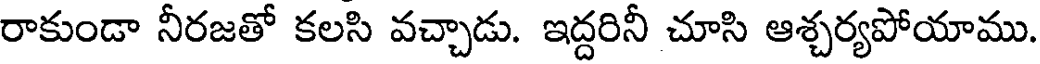
రాకుండా నీరజతో కలసి వచ్చాడు. ఇద్దరినీ చూసి ఆశ్చర్యపోయాము.